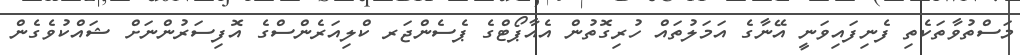
މަސްތުވާތަކެތި ފެނިފައިވަނީ އޭނާގެ އަމަލުތައް ހުރިގޮތުން އެއާޕޯޓްގެ ޕެސެންޖަރ ކްލިއަރެންސްގެ އޮފިސަރުންނަށް ޝައްކުވެގެން